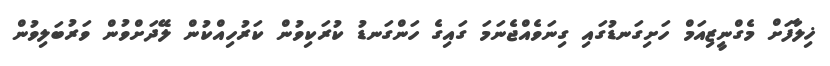
ޚިލާފަށް މެގްނީޒިއަމް ހަށިގަނޑުގައި ގިނަވެއްޖެނަމަ ގައިގެ ހަންގަނޑު ކުރަކިވުން ކަރުހިއްކުން ލޭދަށްވުން ވަރުބަލިވުން